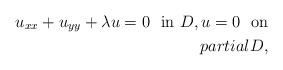
LaTeX: \begin{align*}u_{xx} + u_{yy} + \lambda u = 0 \ \ \mbox{in} \ D , u = 0 \ \ \mbox{on} \\partial D , \end{align*}